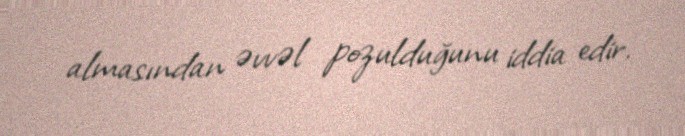
almasından əvvəl pozulduğunu iddia edir.